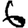
Digit: 6